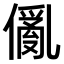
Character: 𠏢